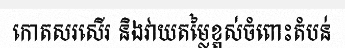
កោតសរសើរ និងវាយតម្លៃខ្ពស់ចំពោះតំបន់